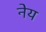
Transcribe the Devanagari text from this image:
नेय